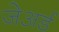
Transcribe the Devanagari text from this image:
जेअर्ड